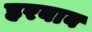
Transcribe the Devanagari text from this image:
हरबाब